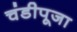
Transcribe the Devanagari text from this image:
चंडीपूजा